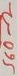
Text: 560Ω